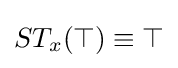
ST_{x}(\top )\equiv \top